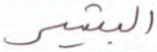
البشير